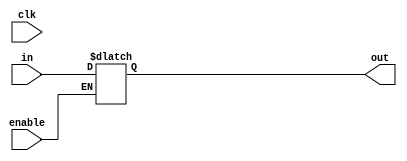
module REG2(
    input enable,clk,
    input[31:0] in,
    output reg[31:0] out
);
    initial begin
      out = 32'dz;
    end
    always@(clk)begin
      if(enable==1)
        out = in;
    end

endmodule